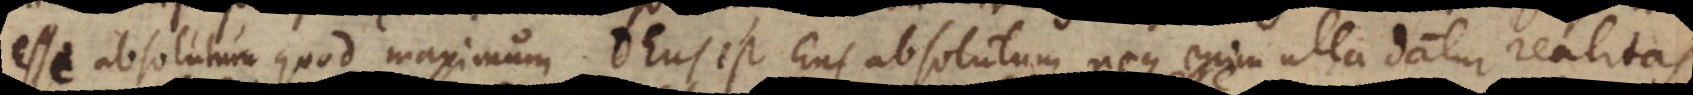
esse absolutum quod maximum. Deus est Ens absolutum neque enim ulla datur realitas